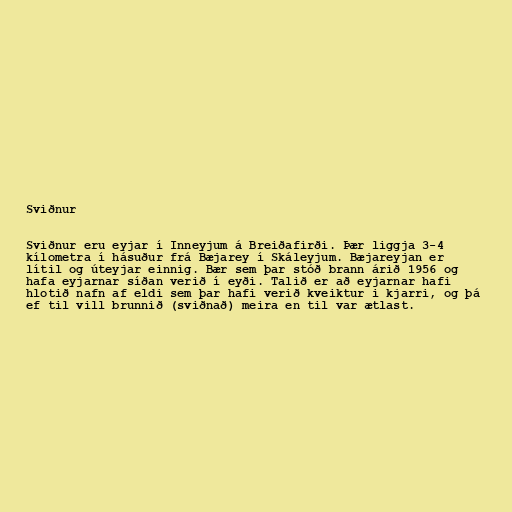
Sviðnur

Sviðnur eru eyjar í Inneyjum á Breiðafirði. Þær liggja 3-4
kílometra í hásuður frá Bæjarey í Skáleyjum. Bæjareyjan er
lítil og úteyjar einnig. Bær sem þar stóð brann árið 1956 og
hafa eyjarnar síðan verið í eyði. Talið er að eyjarnar hafi
hlotið nafn af eldi sem þar hafi verið kveiktur i kjarri, og þá
ef til vill brunnið (sviðnað) meira en til var ætlast.